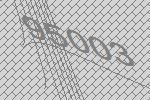
95003